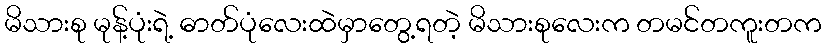
မိသားစု မုန့်ပုံးရဲ့ ဓာတ်ပုံလေးထဲမှာတွေ့ရတဲ့ မိသားစုလေးက တမင်တကူးတက